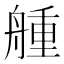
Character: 𦩰